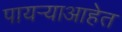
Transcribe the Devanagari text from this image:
पायऱ्याआहेत